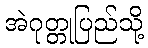
အဲဂုတ္တုပြည်သို့